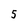
Character: 5